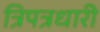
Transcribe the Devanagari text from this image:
त्रिपत्रधारी